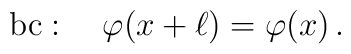
\mbox{bc}:\quad \varphi (x+\ell) = \varphi (x) \, .